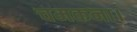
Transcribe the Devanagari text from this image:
चमकना।